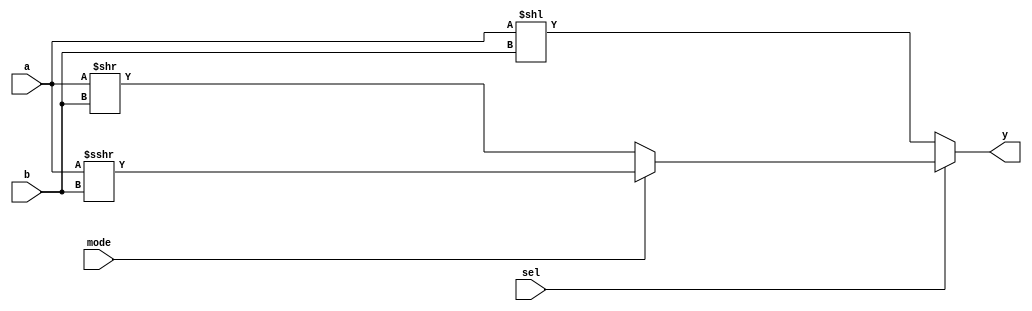
`timescale 1ns / 1ps

module Shifter(
        input signed [31:0]a,
        input signed [4:0]b,
        input mode,
        input sel,
        output signed [31:0]y
    );
    wire [31:0] right_shift, left_shift;

    assign right_shift = mode ? a >>> b :  a >> b;
    assign left_shift = a << b;

    assign y = sel ? right_shift : left_shift;

endmodule